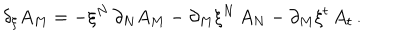
\delta _ { \xi } A _ { M } = - \xi ^ { N } \, \partial _ { N } A _ { M } - \partial _ { M } \xi ^ { N } \, A _ { N } - \partial _ { M } \xi ^ { t } \, A _ { t } \, .